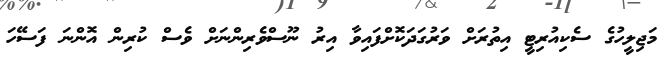
މަޖިލީހުގެ ސެކިއުރިޓީ އިތުރަށް ވަރުގަދަކޮށްފައިވާ އިރު ނޫސްވެރިންނަށް ވެސް ކުރިން އޮންނަ ފަސޭހަ